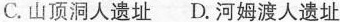
C.山顶洞人遗址D.河姆渡人遗址